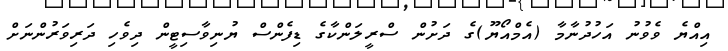
އިއްޔެ ވެވުނު އަހުދުނާމާ (އެމްއޯޔޫ)ގެ ދަށުން ސްރީލަންކާގެ ޑިފެންސް ޔުނިވާސިޓީން ދިވެހި ދަރިވަރުންނަށް